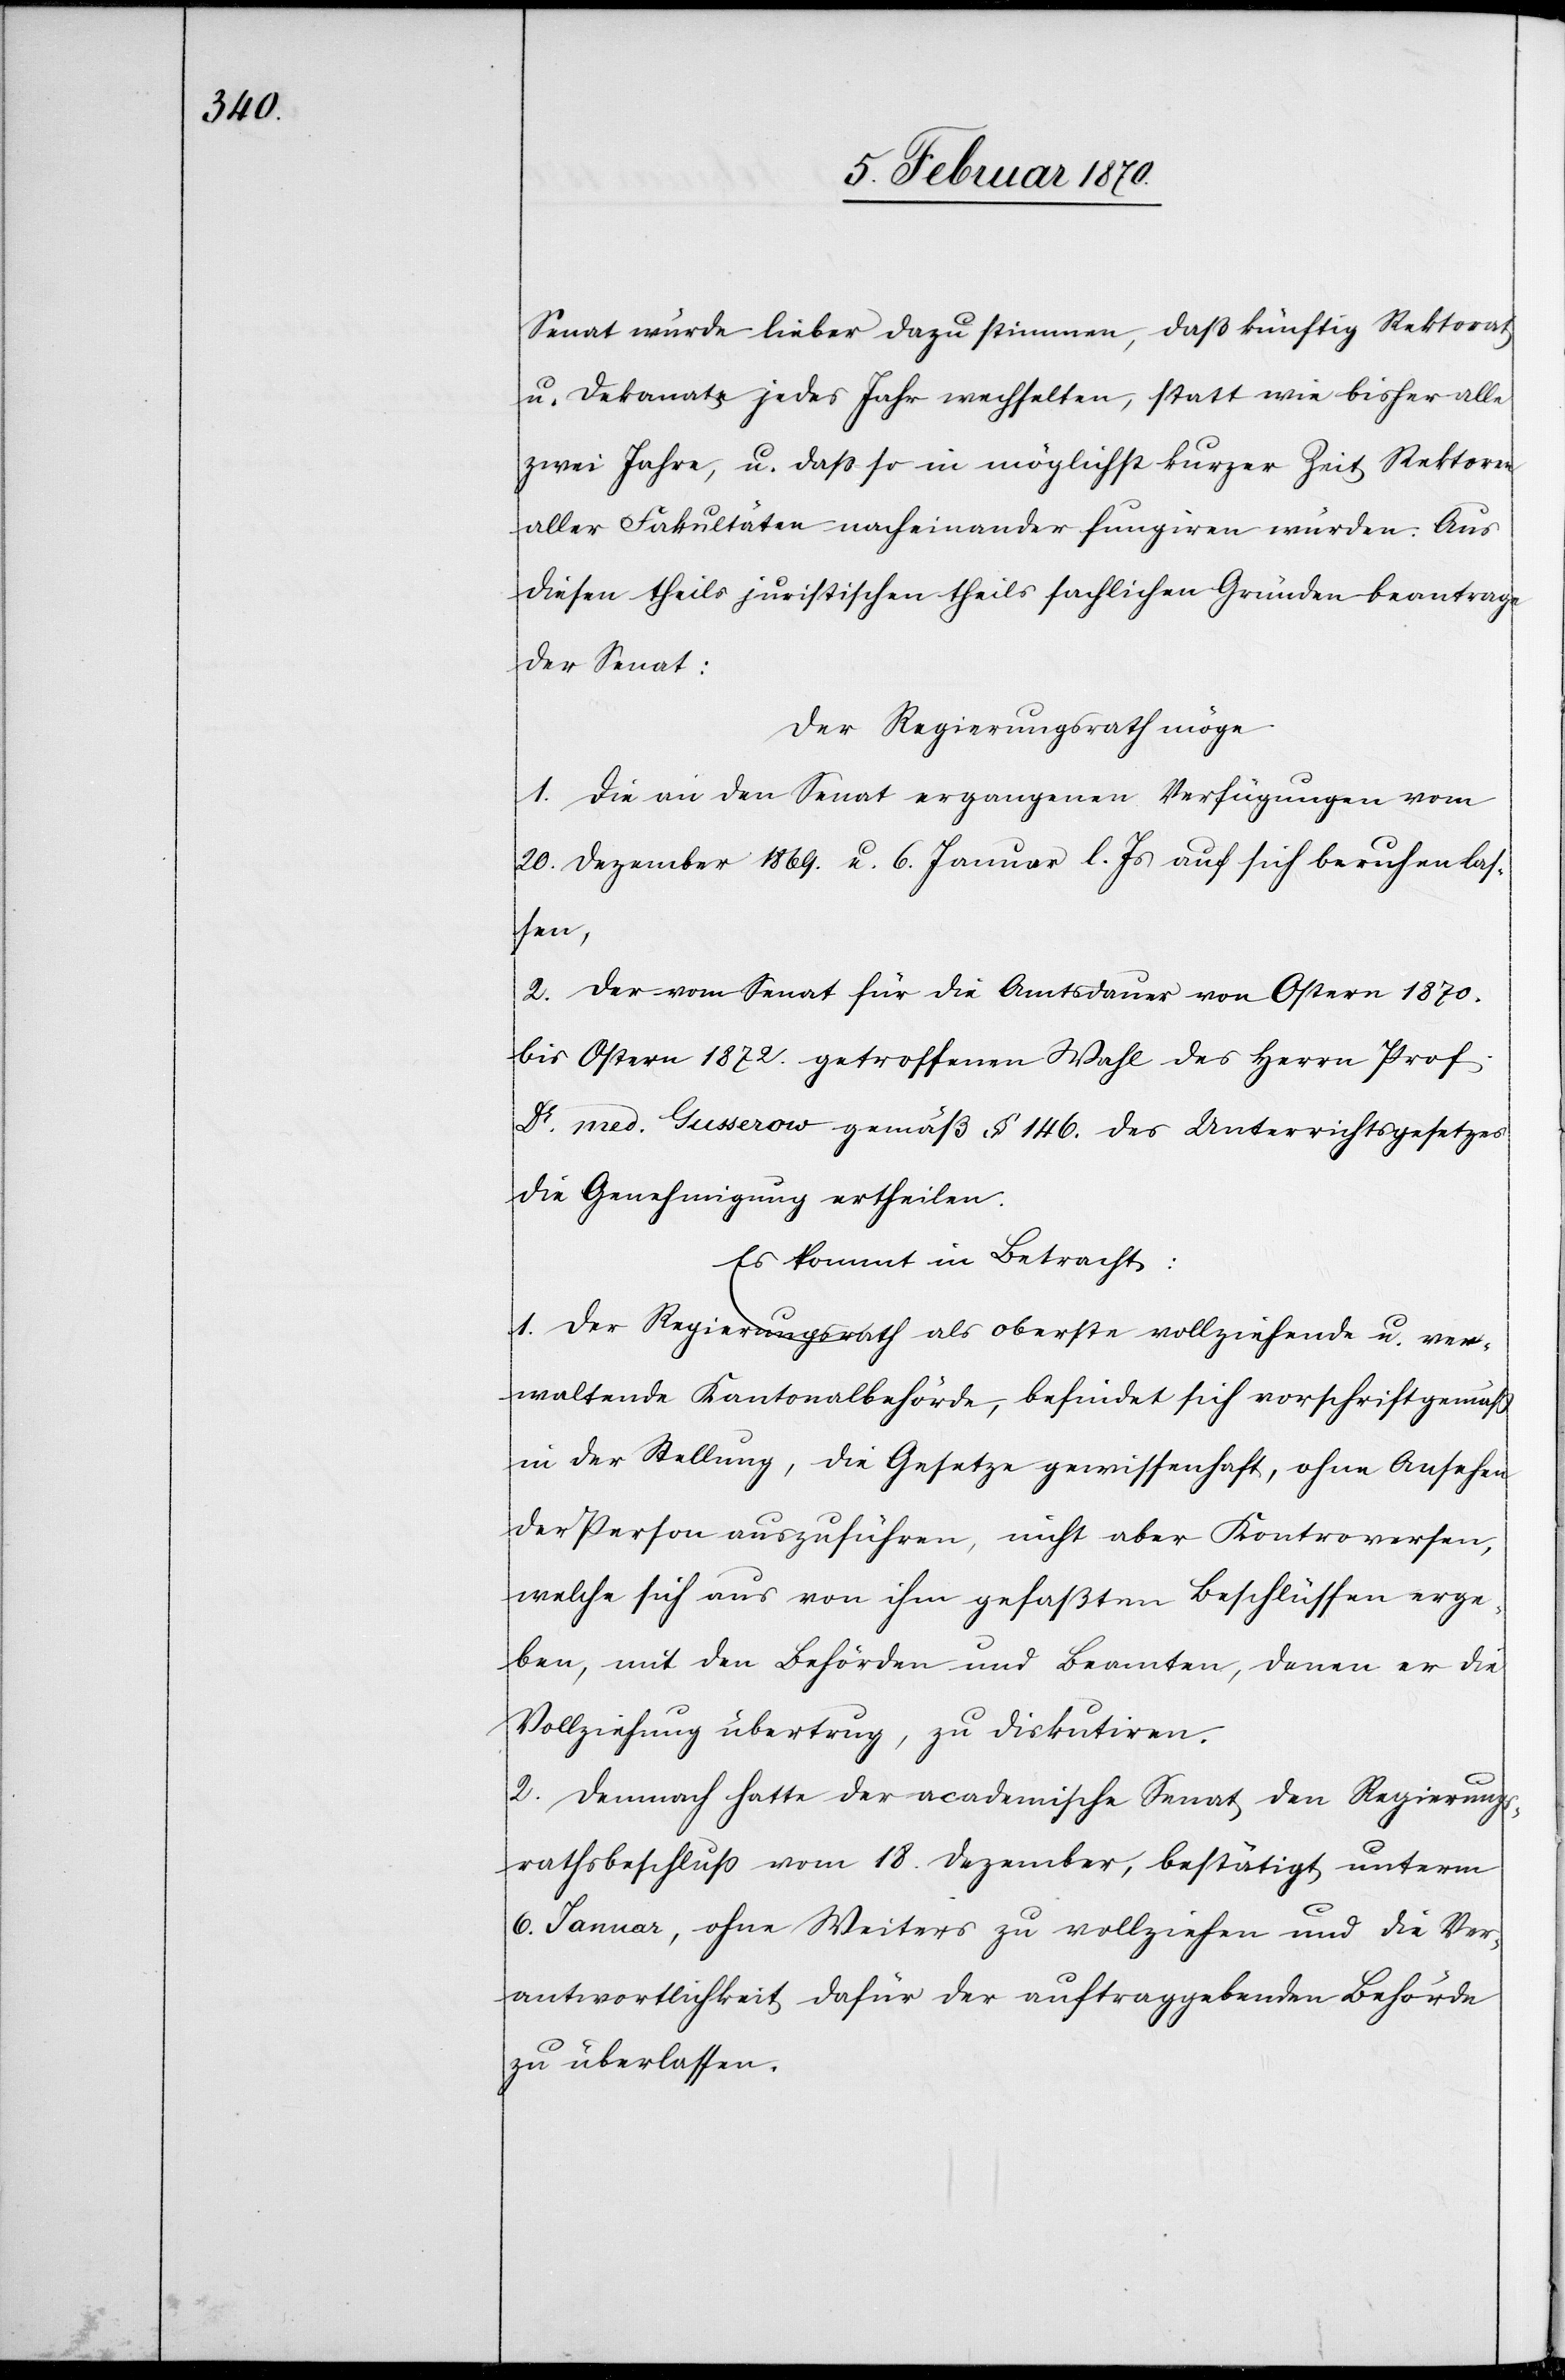
Senat würde lieber dazu stimmen, daß künftig Rektorat
u. Dekanate jedes Jahr wechselten, statt wie bisher alle
zwei Jahre, u. daß so in möglichst kurzer Zeit Rektoren
aller Fakultäten nacheinander fungiren würden: Aus
diesen theils juristischen theils sachlichen Gründen beantrage
der Senat:
Der Regierungsrath möge
1. Die an den Senat ergangenen Verfügungen vom
20. Dezember 1869. u. 6. Januar l. Js. auf sich beruhen las¬
sen,
2. Der vom Senat für die Amtsdauer von Ostern 1870.
bis Ostern 1872. getroffenen Wahl des Herrn Prof.
Dr. med. Gusserow gemäß § 146. des Unterrichtsgesetzes
die Genehmigung ertheilen.
Es kommt in Betracht:
1. Der Regierungsrath als oberste vollziehende u. ver¬
waltende Kantonalbehörde, befindet sich vorschriftgemäß
in der Stellung, die Gesetze gewissenhaft, ohne Ansehen
der Person auszuführen, nicht aber Kontroversen,
welche sich aus von ihm gefaßten Beschlüssen erge¬
ben, mit den Behörden und Beamten, denen er die
Vollziehung übertrug, zu diskutiren.
2. Demnach hatte der academische Senat den Regierungs¬
rathsbeschluß vom 18. Dezember, bestätigt unterm
6. Januar, ohne Weiters zu vollziehen und die Ver¬
antwortlichkeit dafür der auftraggebenden Behörde
zu überlassen.